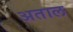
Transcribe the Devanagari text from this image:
अताल